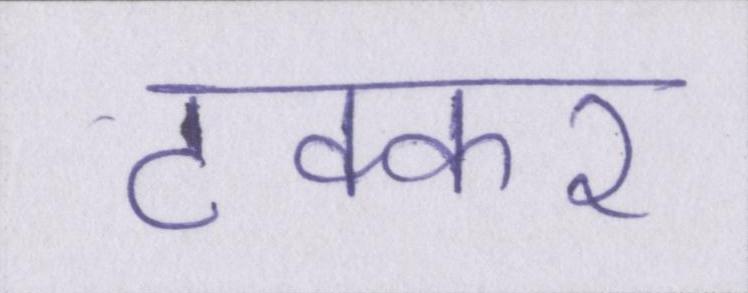
टक्कर